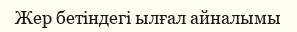
Жер бетіндегі ылғал айналымы